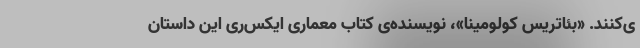
ی‌کنند. «بئاتریس کولومینا»، نویسنده‌ی کتاب معماری ایکس‌ری این داستان